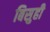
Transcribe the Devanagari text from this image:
बिसुही